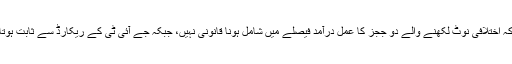
نظرثانی کی درخواستوں میں یہ بھی کہا گیا کہ اختلافی نوٹ لکھنے والے دو ججز کا عمل درآمد فیصلے میں شامل ہونا قانونی نہیں، جبکہ جے آئی ٹی کے ریکارڈ سے ثابت ہوتا ہے کہ اس نے اپنی رپورٹ مکمل نہیں کی۔